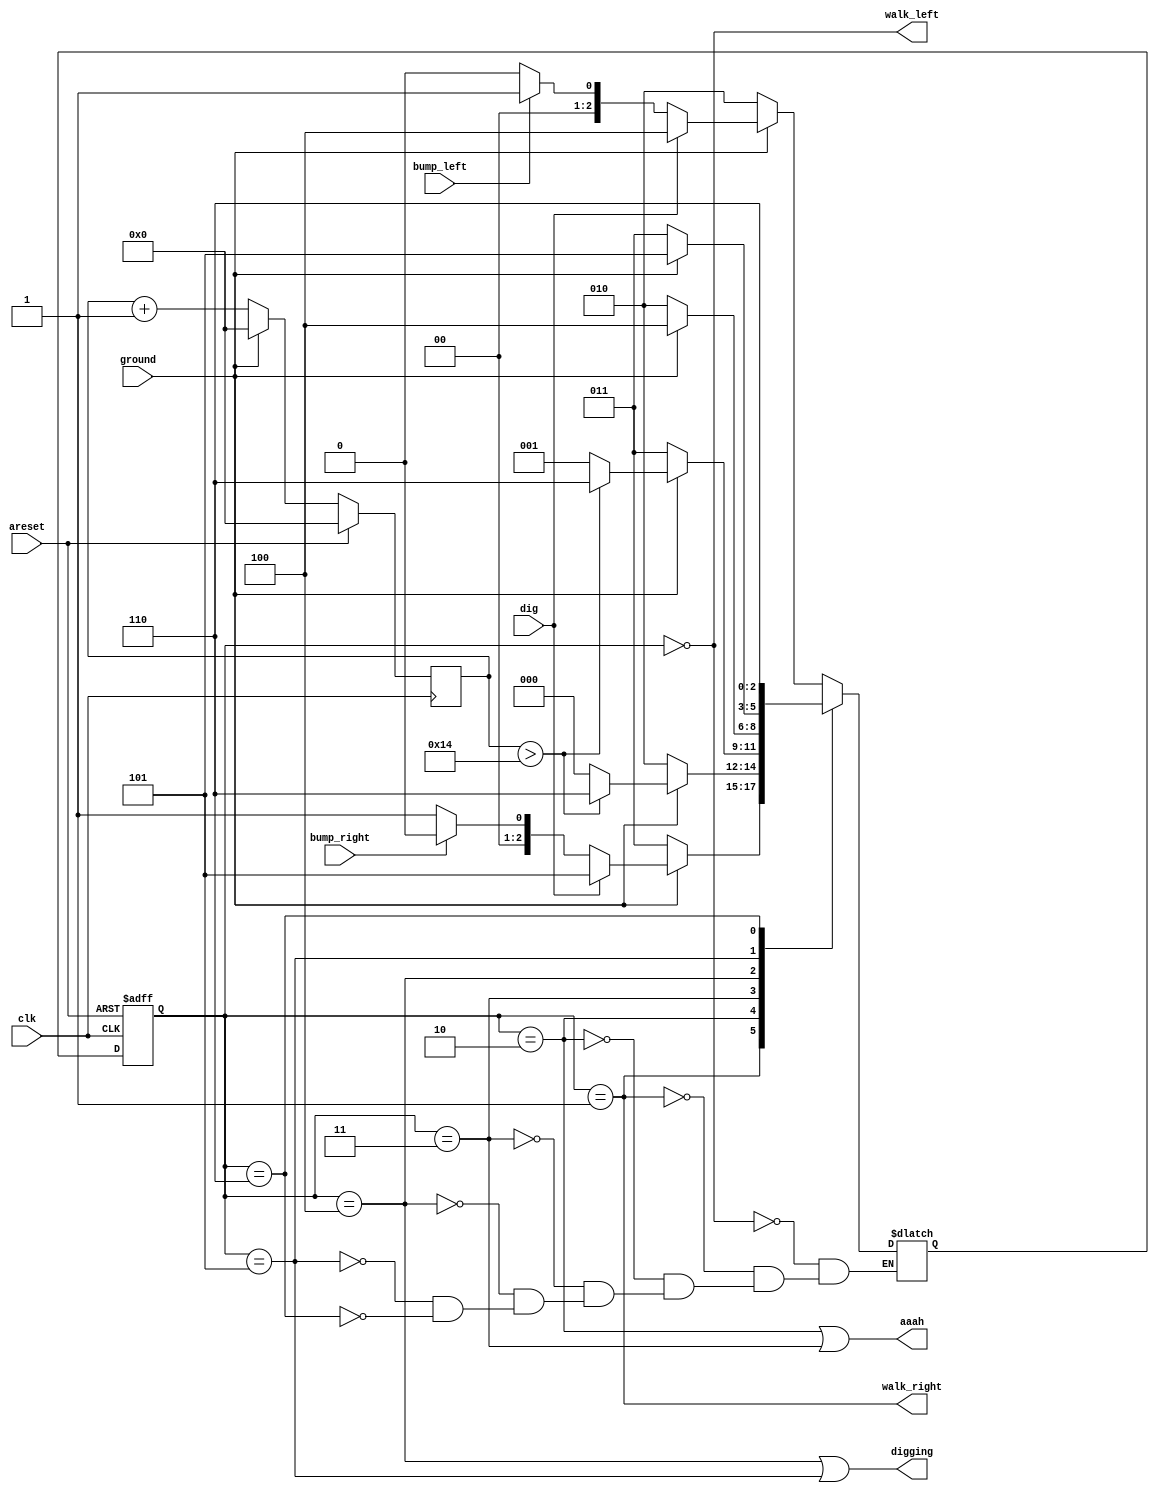
module top_module(
    input clk,
    input areset,    // Freshly brainwashed Lemmings walk left.
    input bump_left,
    input bump_right,
    input ground,
    input dig,
    output walk_left,
    output walk_right,
    output aaah,
    output digging );
    
    parameter left=3'd0, right=3'd1,fall_l = 3'd2, fall_r = 3'd3, dig_l = 3'd4;
    parameter dig_r = 3'd5, splatter = 3'd6;
    reg [2:0]state,next;
    reg [7:0]fall_count;
    
    always @ (*)
        begin
            case(state)
                left: begin
                    if(ground)
                        begin
                            if(dig)
                                next = dig_l;
                            else
                                next = 	bump_left ? right : left;
                        end
                    else
                        next = fall_l;
                end
                    
                 right: begin
                        	if(ground)
                        		begin
                            		if(dig)
                                		next = dig_r;
                            		else
                                		next = 	bump_right ? left : right;
                        		end
                    		else
                        		next = fall_r;
                 end
                
                fall_l: begin
                    if (!ground)
                        next = fall_l;
                    else
                        begin
                            if (fall_count > 5'd20)
                                next = splatter;
                            else
                                next = left;
                        end
                end
                
                fall_r: begin
                    if (!ground)
                        next = fall_r;
                    else
                        begin
                            if (fall_count > 5'd20)
                                next = splatter;
                            else
                                next = right;
                        end
                end
                
                dig_l: begin
                    if(ground)
                        next = dig_l;
                    else
                        next = fall_l;
                end
                
                dig_r: begin
                    if(ground)
                        next = dig_r;
                    else
                        next = fall_r;
                end
                
                splatter: next = splatter;
                
                default: ;
            endcase            
        end
    
    always@(posedge clk, posedge areset)
        begin
            if(areset)
                state <= left;
            else
                state <= next;
        end
    
    always @ (posedge clk)
        begin
            if(areset)
                fall_count <= 5'd0;
            else
                begin
                    if(!ground)
                        fall_count = fall_count+1;
                    else
                        fall_count = 5'd0;
                end
        end
    
    assign walk_left = (state==left);
    assign walk_right = (state==right);
    assign aaah = (state==fall_l | state==fall_r);
    assign digging = (state==dig_l | state==dig_r);

endmodule